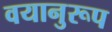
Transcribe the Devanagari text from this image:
वयानुरूप